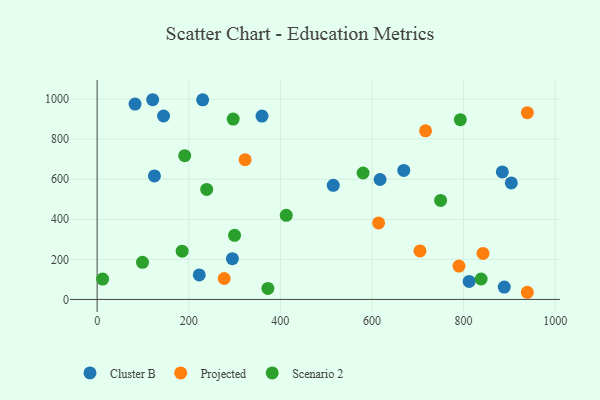
{"axis": {"x": "Distance", "y": "Demand"}, "legend": ["Cluster B", "Projected", "Scenario 2"], "data": [{"x": "669.5", "y": 643.9, "type": "Cluster B"}, {"x": "295.3", "y": 203.4, "type": "Cluster B"}, {"x": "359.9", "y": 915.2, "type": "Cluster B"}, {"x": "888.8", "y": 61.7, "type": "Cluster B"}, {"x": "904.2", "y": 581.4, "type": "Cluster B"}, {"x": "812.2", "y": 90.0, "type": "Cluster B"}, {"x": "884.6", "y": 636.6, "type": "Cluster B"}, {"x": "515.5", "y": 569.6, "type": "Cluster B"}, {"x": "82.8", "y": 974.9, "type": "Cluster B"}, {"x": "145.0", "y": 915.5, "type": "Cluster B"}, {"x": "121.3", "y": 996.8, "type": "Cluster B"}, {"x": "230.4", "y": 996.3, "type": "Cluster B"}, {"x": "125.1", "y": 616.5, "type": "Cluster B"}, {"x": "223.0", "y": 122.5, "type": "Cluster B"}, {"x": "617.7", "y": 598.7, "type": "Cluster B"}, {"x": "842.5", "y": 229.8, "type": "Projected"}, {"x": "790.0", "y": 166.7, "type": "Projected"}, {"x": "704.8", "y": 241.9, "type": "Projected"}, {"x": "277.4", "y": 104.4, "type": "Projected"}, {"x": "614.5", "y": 382.0, "type": "Projected"}, {"x": "323.1", "y": 697.6, "type": "Projected"}, {"x": "939.3", "y": 932.1, "type": "Projected"}, {"x": "939.2", "y": 35.7, "type": "Projected"}, {"x": "717.0", "y": 841.6, "type": "Projected"}, {"x": "412.9", "y": 419.9, "type": "Scenario 2"}, {"x": "300.0", "y": 319.9, "type": "Scenario 2"}, {"x": "838.3", "y": 101.9, "type": "Scenario 2"}, {"x": "191.2", "y": 717.6, "type": "Scenario 2"}, {"x": "580.6", "y": 631.1, "type": "Scenario 2"}, {"x": "99.0", "y": 185.0, "type": "Scenario 2"}, {"x": "792.9", "y": 897.0, "type": "Scenario 2"}, {"x": "185.6", "y": 240.7, "type": "Scenario 2"}, {"x": "749.9", "y": 494.0, "type": "Scenario 2"}, {"x": "372.8", "y": 54.9, "type": "Scenario 2"}, {"x": "239.2", "y": 549.2, "type": "Scenario 2"}, {"x": "297.0", "y": 900.2, "type": "Scenario 2"}, {"x": "12.0", "y": 101.4, "type": "Scenario 2"}]}